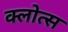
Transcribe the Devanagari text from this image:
क्लोत्स